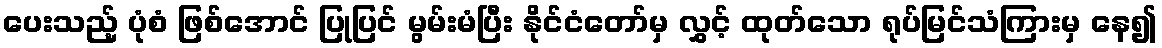
ပေးသည့် ပုံစံ ဖြစ်အောင် ပြုပြင် မွမ်းမံပြီး နိုင်ငံတော်မှ လွှင့် ထုတ်သော ရုပ်မြင်သံကြားမှ နေ၍